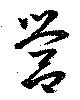
營